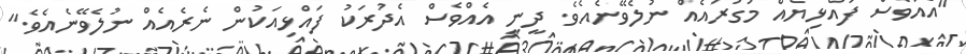
"އެއްވެސް ފައްޅިޔެއް މުގުރައެއް ނުލެވޭނެއެވެ. ދީނީ އެއްވެސް އެދުރަކު ފައްޅިއަކުން ނެރެއެއް ނުލެވޭނެއެވެ."